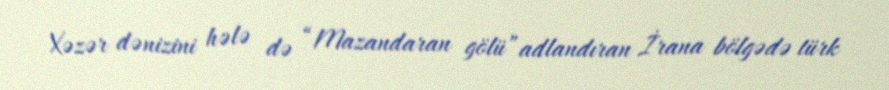
Xəzər dənizini hələ də “Mazandaran gölü”adlandıran İrana bölgədə türk